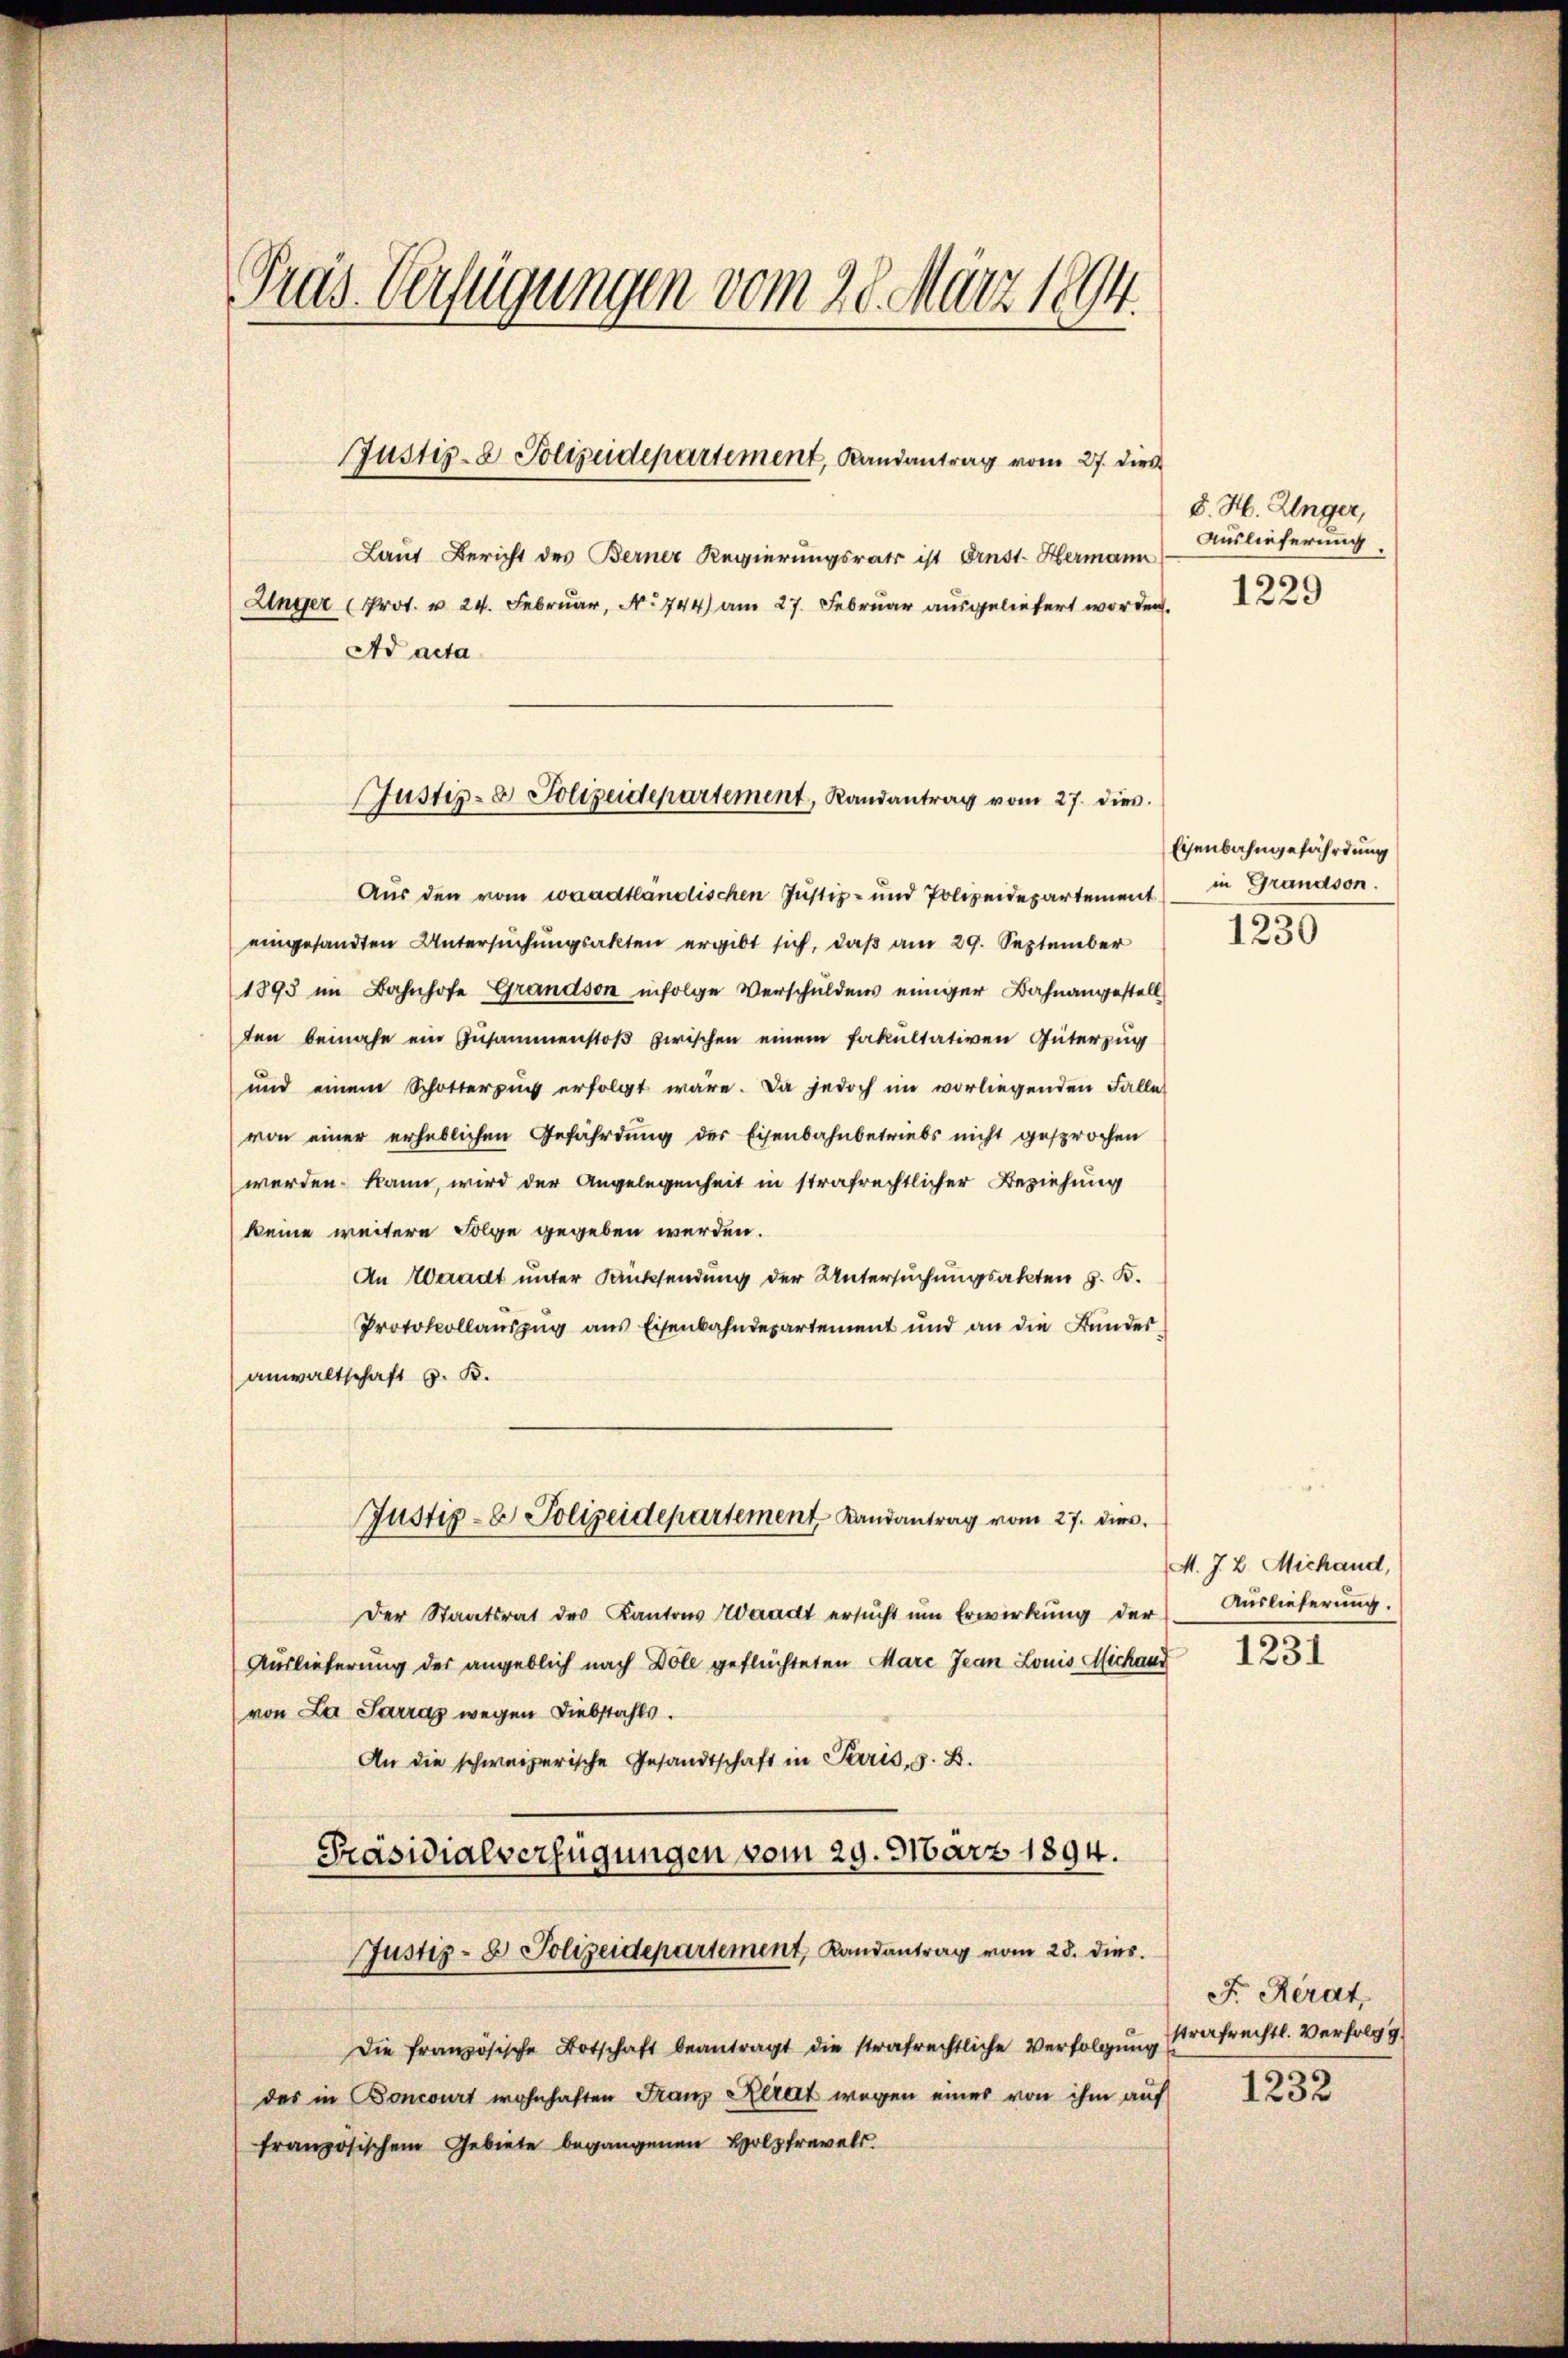
Pras Verfügungen vom 28. März 1894
Justiz- & Polizeidepartement, Randantrag vom 27. dieß
Laut Bericht des Berner Regierungsrats ist Ernst. Hermann
Unger (Prot. v. 24. Februar, No 744) am 27. Februar ausgeliefert worden.
Ad acta

Justiz- & Polizeidepartement, Randantrag vom 27. dies

Aus den vom waadtländischen Justiz- und Polizeidepartement in Grandson.
eingesandten Untersuchungsakten ergibt sich, daß am 29. September
1893 im Bahnhofe Grandson infolge Verschuldens einiger Bahnangestell
ten beinahe ein Zusammenstoß zwischen einem Fakultativen Güterzug
und einem Schotterzŭg erfolgt wäre. Da jedoch im vorliegenden Falle
von einer erheblichen Gefährdung der Eisenbahnbetriebs nicht gesprochen
werden kann, wird der Angelegenheit in strafrechtlicher Beziehung
keine weitere Folge gegeben werden.
An Waadt unter Danksendung der Untersuchungsakten z. B.
Protokollaŭszŭg aŭs Eisenbahndepartement und an die Bundes-
anwaltschaft z. B.
Justiz- & Polizeidepartement Landantrag vom 27. dies
Der Staatsrat des Kantons Waadt ersucht um Erwirkung der
Auslieferung des angeblich nach Dole geflüchteten Marc Jean Louis Michand
(von La Sarraz wegen Diebstahls.
An die schweizerische Gesandtschaft in Paris, z. B.
Präsidialverfügungen vom 29. März 1894.
Justiz- & Polizeidepartement, Landantrag vom 28. dies
Die französische Botschaft beantragt die strafrechtliche Verfolgŭng strafrechtl. Verfolg g
des in Boncourt wohnhaften Franz Kerat wegen eines von ihm auf
französischem Gebiete begangenen Holzfrevels.

S. H. Unger,
Auslieferung.
1229

Eisenbahngefährdung
1230

M. J. L. Michand,
Auslieferung.
1231

F. Herdt,
1232